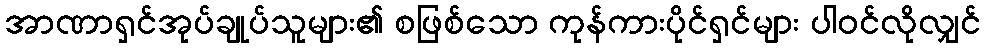
အာဏာရှင်အုပ်ချုပ်သူများ၏ စဖြစ်သော ကုန်ကားပိုင်ရှင်များ ပါဝင်လိုလျှင်